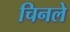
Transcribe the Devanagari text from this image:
चिनले